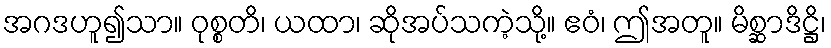
အဂဒဟူ၍သာ။ ဝုစ္စတိ၊ ယထာ၊ ဆိုအပ်သကဲ့သို့။ ဧဝံ၊ ဤအတူ။ မိစ္ဆာဒိဋ္ဌိ၊